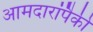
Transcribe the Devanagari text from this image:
आमदारांपैकी